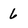
Character: 6